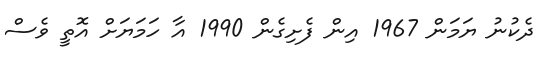
ދެކުނު ޔަމަން 1967 އިން ފެށިގެން 1990 އާ ހަމަޔަށް އޮތީ ވެސް